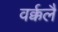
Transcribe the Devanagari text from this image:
वर्क्कलै